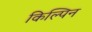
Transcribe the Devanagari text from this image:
किल्पिन